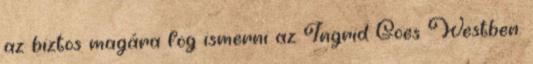
az biztos magára fog ismerni az Ingrid Goes Westben.